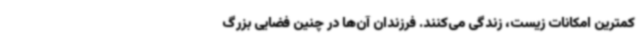
کمترین امکانات زیست، زندگی می‌کنند. فرزندان آن‌ها در چنین فضایی بزرگ